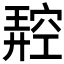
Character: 𥧪